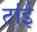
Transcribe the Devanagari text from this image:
टांई